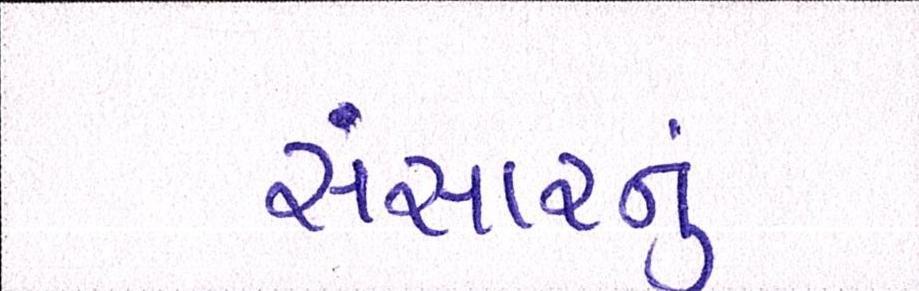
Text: સંસારનું